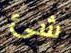
شئ